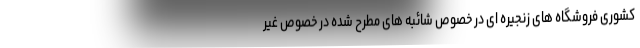
کشوری فروشگاه های زنجیره ای در خصوص شائبه های مطرح شده در خصوص غیر